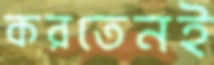
করতেনই